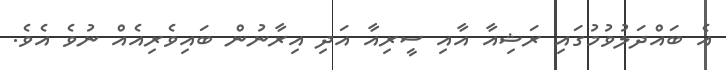
އެ ބައްދަލުވުމުގައި ރަޝިއާ އާއި ސީރިއާ އަދި އިރާނުން ބައިވެރިއެއް ނުވެ އެވެ.